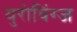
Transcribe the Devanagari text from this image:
युरोविंग्ज